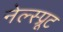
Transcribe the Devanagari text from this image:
नेल्स्प्रूट